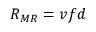
{ R } _ { M R } = v f d \,